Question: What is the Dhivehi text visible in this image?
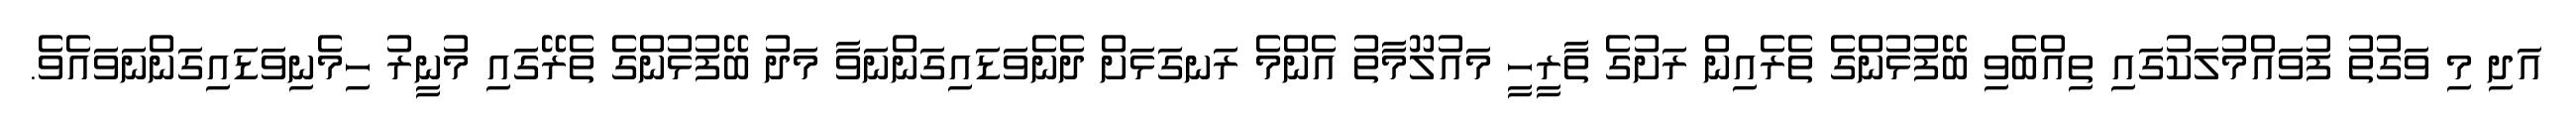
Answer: އަދި މި ވަގުތު ފުވައްމުލަކުގައި ތިއްބެވި ބޭފުޅުންގެ ތެރެއިން ރަށުގެ ތާރީހީ މައުލޫމާތު އެންމެ ރަނގަޅަށް ދެނެވަޑައިގަންނަވާ މަދު ބޭފުޅުންގެ ތެރޭގައި މުނީރު ހިމެނިވަޑައިގަންނަވައެވެ.